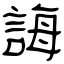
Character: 誨